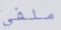
ملفي